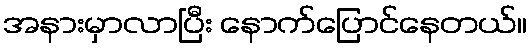
အနားမှာလာပြီး နောက်ပြောင်နေတယ်။